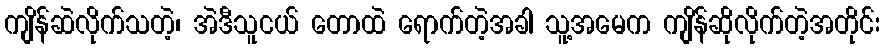
ကျိန်ဆဲလိုက်သတဲ့၊ အဲဒီသူငယ် တောထဲ ရောက်တဲ့အခါ သူ့အမေက ကျိန်ဆိုလိုက်တဲ့အတိုင်း